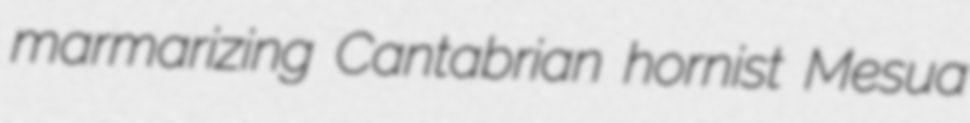
marmarizing Cantabrian hornist Mesua